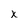
Character: x